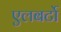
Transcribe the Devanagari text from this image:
एलबर्टो